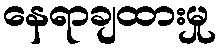
နေရာချထားမှု